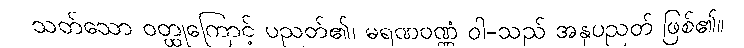
သတ်သော ဝတ္ထုကြောင့် ပညတ်၏၊ မရဏဝဏ္ဏံ ဝါ-သည် အနုပညတ် ဖြစ်၏။